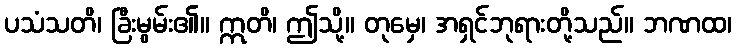
ပသံသတိ၊ ခြီးမွမ်း၏။ ဣတိ၊ ဤသို့။ တုမှေ၊ အရှင်ဘုရားတို့သည်။ ဘဏထ၊